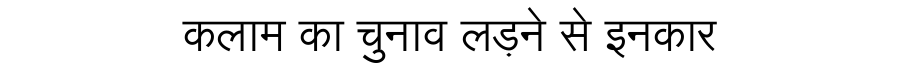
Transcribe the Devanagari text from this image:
कलाम का चुनाव लड़ने से इनकार